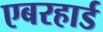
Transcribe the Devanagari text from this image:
एबरहार्ड